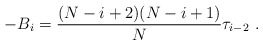
\begin{align*}-B_i = {(N-i+2) (N-i+1) \over N} \tau_{i-2}\ .\end{align*}